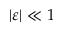
\vert \varepsilon \vert \ll 1